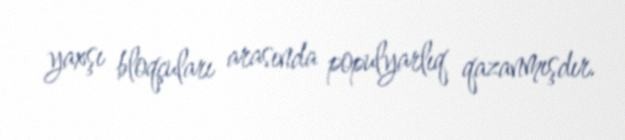
yaxşı bloqçuları arasında populyarlıq qazanmışdır.